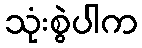
သုံးစွဲပါက